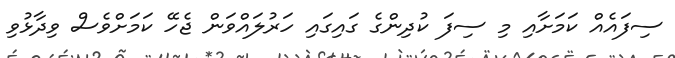
ސިފައެއް ކަމަށާއި މި ސިފަ ކުދިންގެ ގައިގައި ހަރުލައްވަން ޖެހޭ ކަމަށްވެސް ވިދާޅުވި